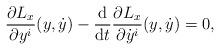
LaTeX: \begin{gather*} \frac{ \partial L _x }{ \partial y ^i } ( y , \dot{y} ) - \frac{\mathrm{d}}{\mathrm{d}t} \frac{ \partial L _x }{ \partial \dot{y} ^i } ( y , \dot{y} ) = 0 , \end{gather*}